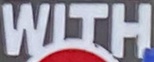
WITH